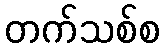
တက်သစ်စ